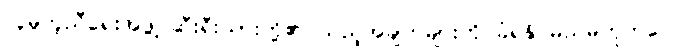
လူမှုကူညီရေးအဖွဲ့ ဆီးရီးယားတို့၏ သည့်အချက်များကို ခံရနိုင်မည်မဟုတ်ပေ